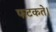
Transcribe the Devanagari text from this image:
फटकते।